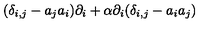
( \delta _ { i , j } - a _ { j } a _ { i } ) \partial _ { i } + { \alpha } \partial _ { i } ( \delta _ { i , j } - a _ { i } a _ { j } )